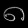
Digit: ၈